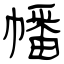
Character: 幡